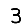
Digit: 3